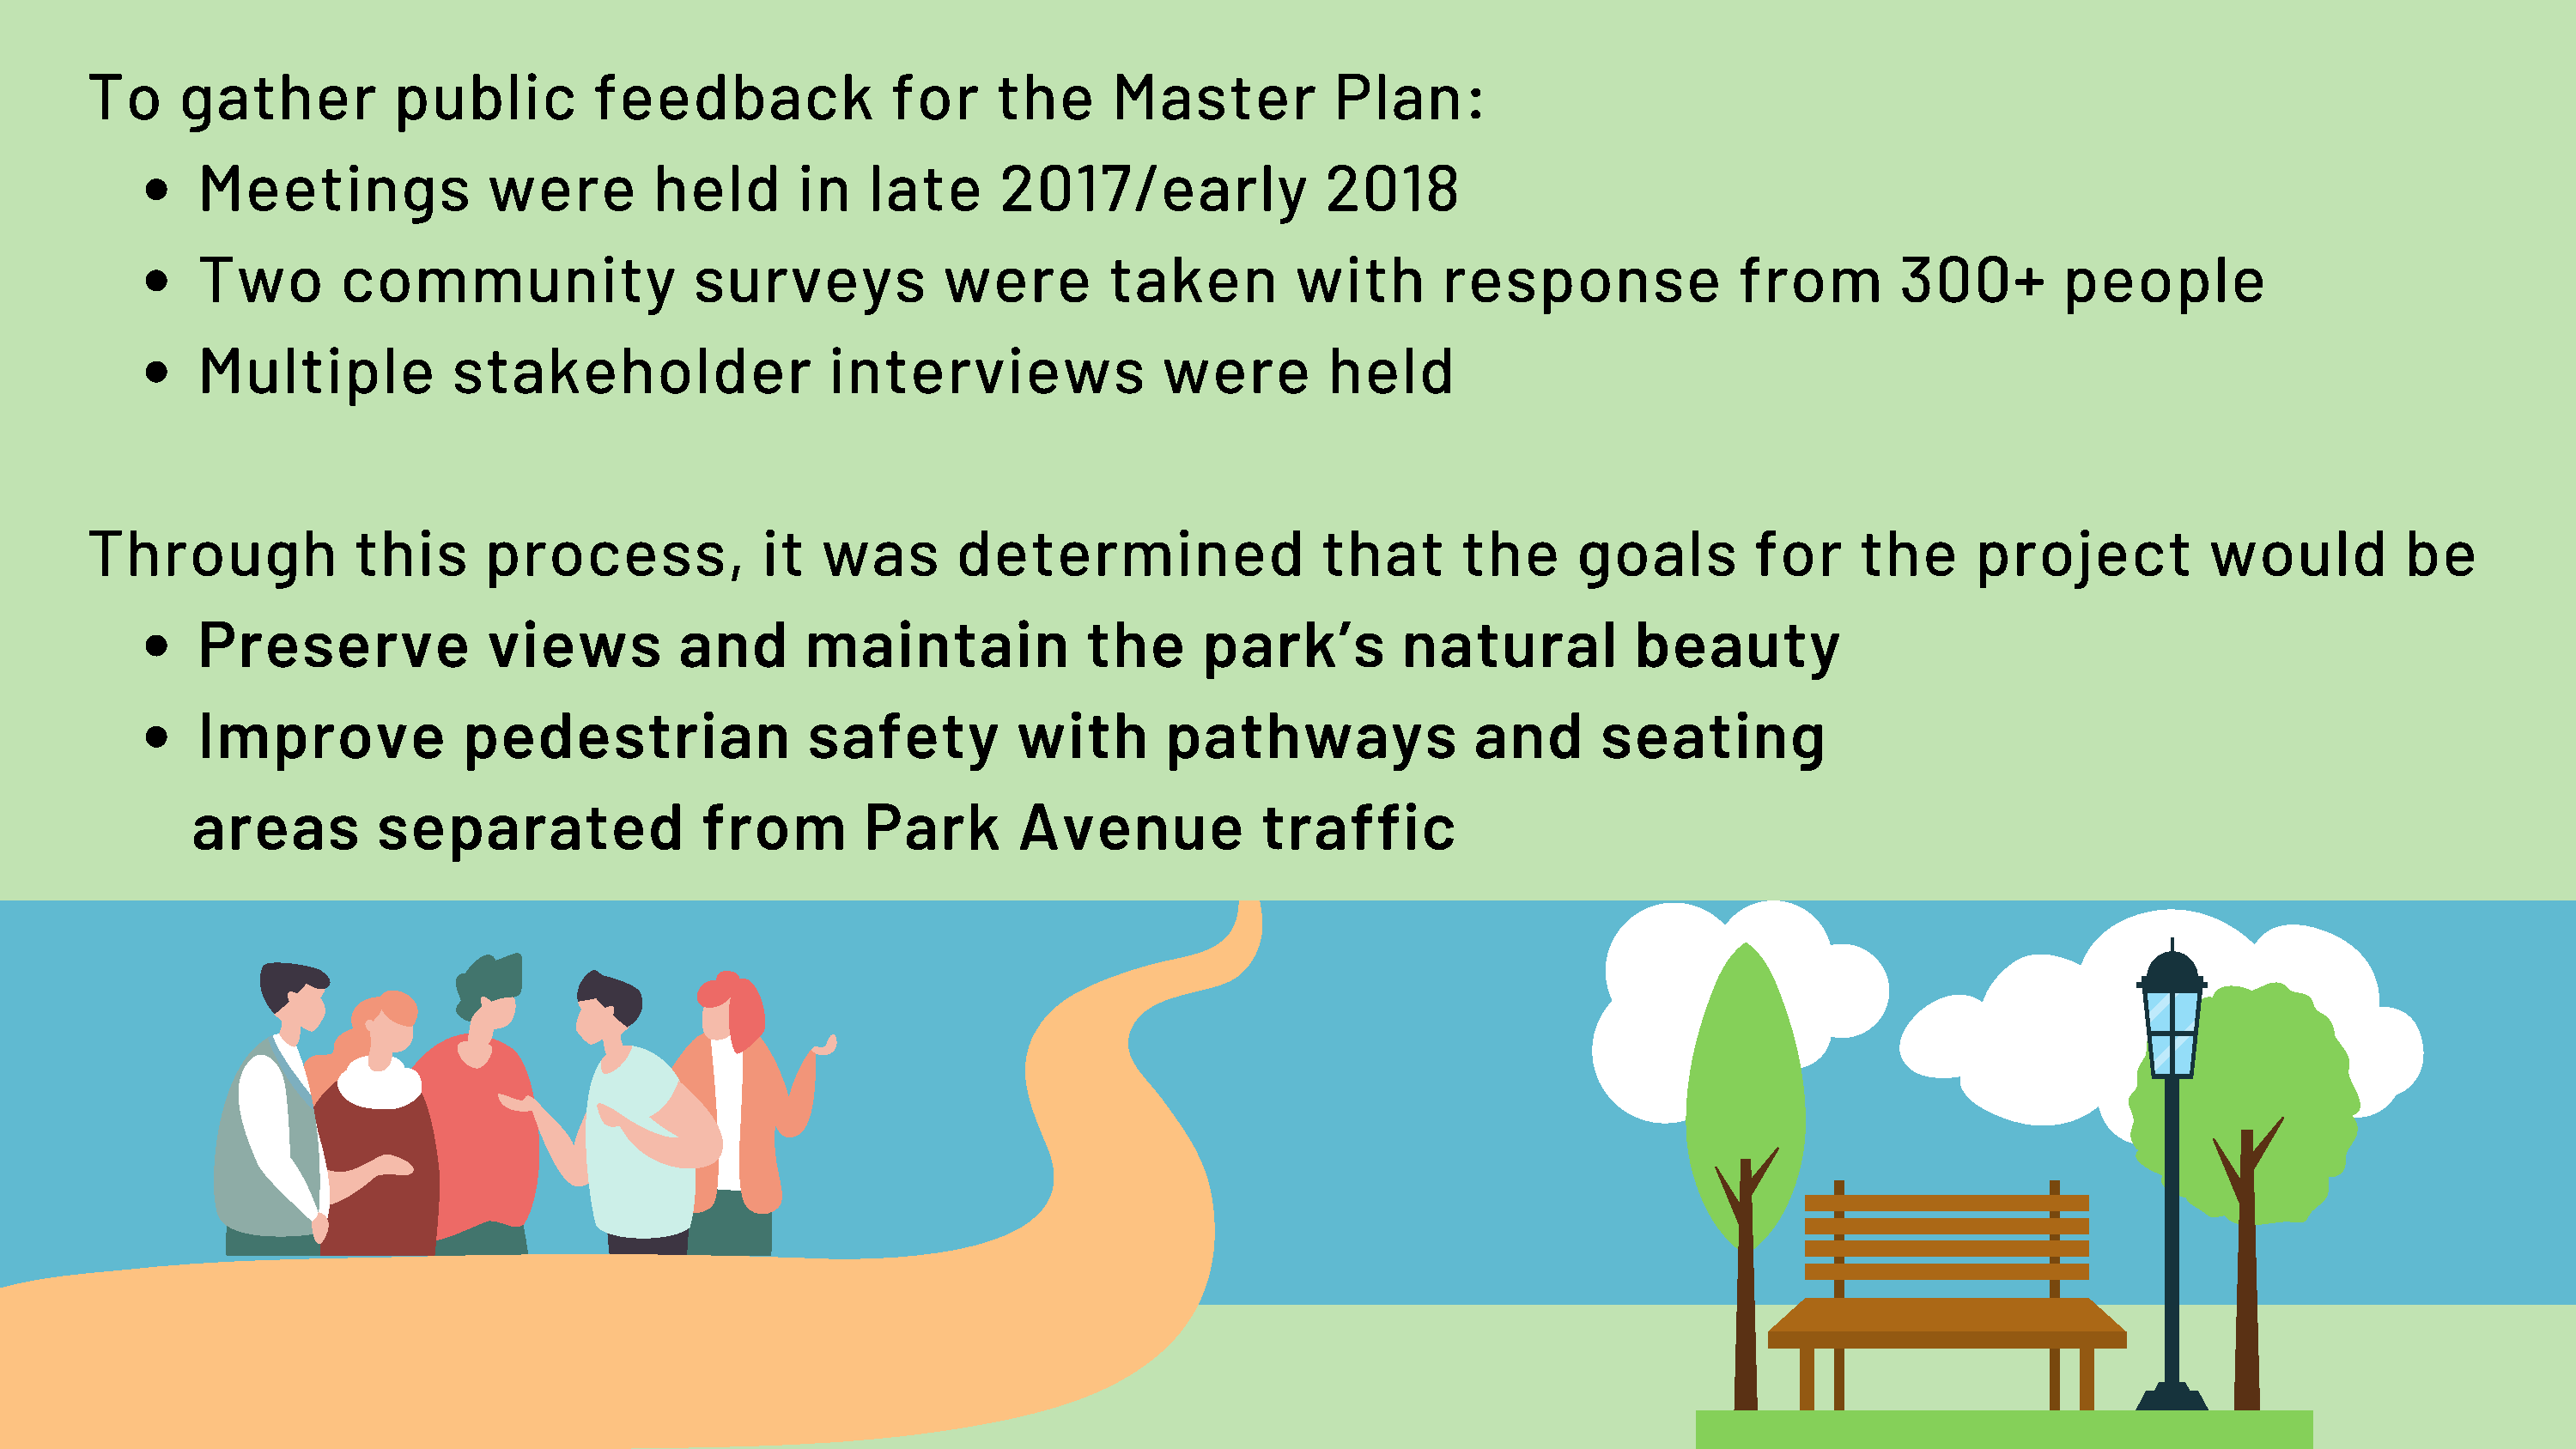
To     gather          public          feedback               for     the      Master           Plan:
 Meetings               were        held        in   late      2017/early               2018
 Two        community                  surveys             were        taken          with       response               from        300+         people
 Multiple            stakeholder                  interviews                were        held
 Through             this      process,              it  was        determined                  that       the      goals        for     the      project           would          be
 Preserve               views         and       maintain              the      park’s         natural           beauty
 Improve              pedestrian                safety          with        pathways                and      seating
 areas         separated                from         Park       Avenue             traffic